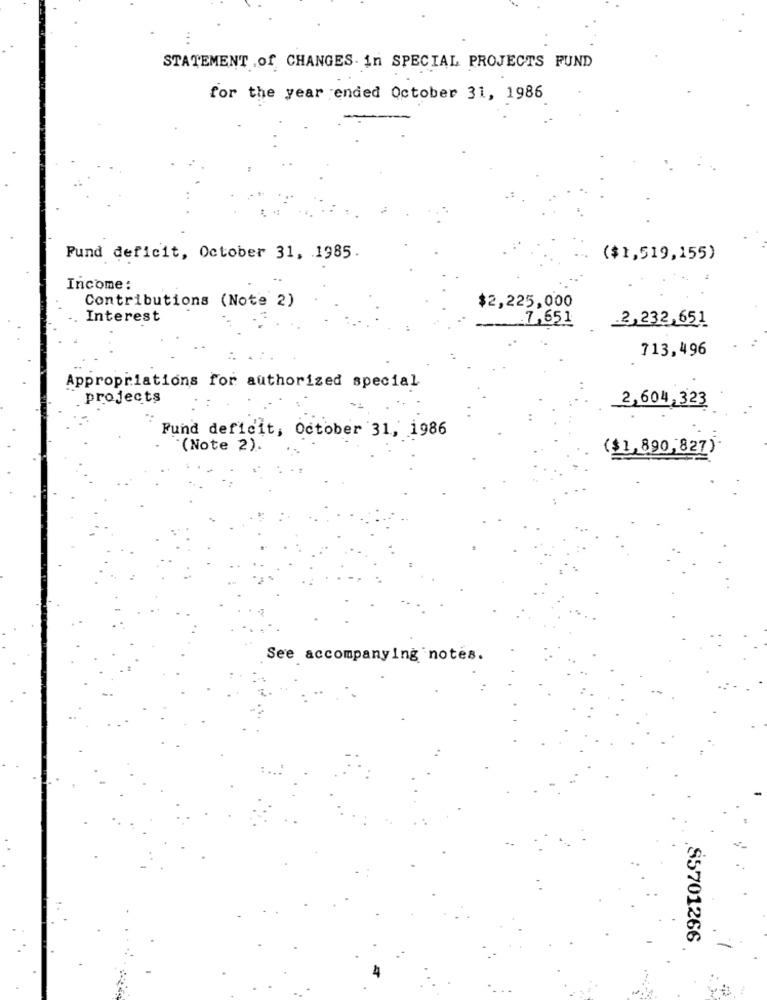
STATEMENT .of CHANGES in SPECIAL PROJECTS FUND
for the year ended October 31, 1986
Fund deficit, October 31, 1985.
($1,519,155)
Income:
Contributions (Note 2)
$2,225,000
Interest
.7,651
2,232,651
713,496
Appropriations for authorized special
projects
2,604,323
Fund deficit, October 31, 1986
(Note 2).
($1,890,827)
See accompanying notes.
$5701266